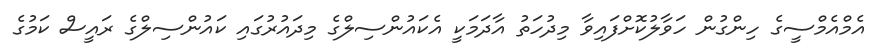
އެމްއެމްސީގެ ހިންގުން ހަވާލުކޮށްފައިވާ މިދުހަތު އާދަމަކީ އެކައުންސިލްގެ މިދައުރުގައި ކައުންސިލްގެ ރައީސް ކަމުގެ